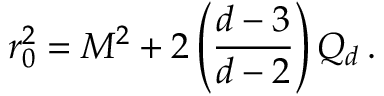
r _ { 0 } ^ { 2 } = M ^ { 2 } + 2 \left( \frac { d - 3 } { d - 2 } \right) { \cal Q } _ { d } \, .